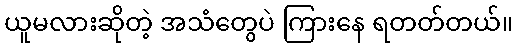
ယူမလားဆိုတဲ့ အသံတွေပဲ ကြားနေ ရတတ်တယ်။